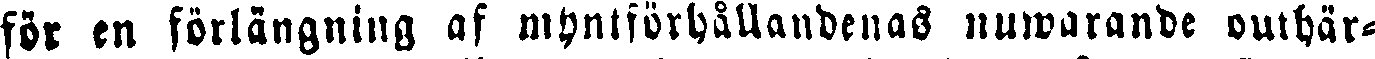
för en förlängning af myntförhållandenas nuwarande outhär-